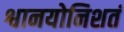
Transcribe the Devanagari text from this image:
श्वानयोनिशतं